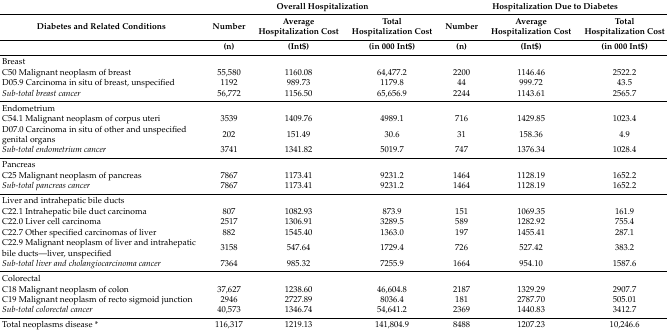
<table><thead><tr><td></td><td colspan="3"><b>Overall Hospitalization</b></td><td colspan="3"><b>Hospitalization Due to Diabetes</b></td></tr><tr><td><b>Diabetes and Related Conditions</b></td><td><b>Number</b></td><td><b>Average Hospitalization Cost</b></td><td><b>Total Hospitalization Cost</b></td><td><b>Number</b></td><td><b>Average Hospitalization Cost</b></td><td><b>Total Hospitalization Cost</b></td></tr><tr><td></td><td><b>(n)</b></td><td><b>(Int$)</b></td><td><b>(in 000 Int$)</b></td><td><b>(n)</b></td><td><b>(Int$)</b></td><td><b>(in 000 Int$)</b></td></tr></thead><tbody><tr><td>Breast</td><td></td><td></td><td></td><td></td><td></td><td></td></tr><tr><td>C50 Malignant neoplasm of breast</td><td>55,580</td><td>1160.08</td><td>64,477.2</td><td>2200</td><td>1146.46</td><td>2522.2</td></tr><tr><td>D05.9 Carcinoma in situ of breast, unspecified</td><td>1192</td><td>989.73</td><td>1179.8</td><td>44</td><td>999.72</td><td>43.5</td></tr><tr><td><i>Sub-total breast cancer</i></td><td>56,772</td><td>1156.50</td><td>65,656.9</td><td>2244</td><td>1143.61</td><td>2565.7</td></tr><tr><td>Endometrium</td><td></td><td></td><td></td><td></td><td></td><td></td></tr><tr><td>C54.1 Malignant neoplasm of corpus uteri</td><td>3539</td><td>1409.76</td><td>4989.1</td><td>716</td><td>1429.85</td><td>1023.4</td></tr><tr><td>D07.0 Carcinoma in situ of other and unspecified genital organs</td><td>202</td><td>151.49</td><td>30.6</td><td>31</td><td>158.36</td><td>4.9</td></tr><tr><td><i>Sub-total endometrium cancer</i></td><td>3741</td><td>1341.82</td><td>5019.7</td><td>747</td><td>1376.34</td><td>1028.4</td></tr><tr><td>Pancreas</td><td></td><td></td><td></td><td></td><td></td><td></td></tr><tr><td>C25 Malignant neoplasm of pancreas</td><td>7867</td><td>1173.41</td><td>9231.2</td><td>1464</td><td>1128.19</td><td>1652.2</td></tr><tr><td><i>Sub-total pancreas cancer</i></td><td>7867</td><td>1173.41</td><td>9231.2</td><td>1464</td><td>1128.19</td><td>1652.2</td></tr><tr><td>Liver and intrahepatic bile ducts</td><td></td><td></td><td></td><td></td><td></td><td></td></tr><tr><td>C22.1 Intrahepatic bile duct carcinoma</td><td>807</td><td>1082.93</td><td>873.9</td><td>151</td><td>1069.35</td><td>161.9</td></tr><tr><td>C22.0 Liver cell carcinoma</td><td>2517</td><td>1306.91</td><td>3289.5</td><td>589</td><td>1282.92</td><td>755.4</td></tr><tr><td>C22.7 Other specified carcinomas of liver</td><td>882</td><td>1545.40</td><td>1363.0</td><td>197</td><td>1455.41</td><td>287.1</td></tr><tr><td>C22.9 Malignant neoplasm of liver and intrahepatic bile ducts—liver, unspecified</td><td>3158</td><td>547.64</td><td>1729.4</td><td>726</td><td>527.42</td><td>383.2</td></tr><tr><td><i>Sub-total liver and cholangiocarcinoma cancer</i></td><td>7364</td><td>985.32</td><td>7255.9</td><td>1664</td><td>954.10</td><td>1587.6</td></tr><tr><td>Colorectal</td><td></td><td></td><td></td><td></td><td></td><td></td></tr><tr><td>C18 Malignant neoplasm of colon</td><td>37,627</td><td>1238.60</td><td>46,604.8</td><td>2187</td><td>1329.29</td><td>2907.7</td></tr><tr><td>C19 Malignant neoplasm of recto sigmoid junction</td><td>2946</td><td>2727.89</td><td>8036.4</td><td>181</td><td>2787.70</td><td>505.01</td></tr><tr><td><i>Sub-total colorectal cancer</i></td><td>40,573</td><td>1346.74</td><td>54,641.2</td><td>2369</td><td>1440.83</td><td>3412.7</td></tr><tr><td>Total neoplasms disease *</td><td>116,317</td><td>1219.13</td><td>141,804.9</td><td>8488</td><td>1207.23</td><td>10,246.6</td></tr></tbody></table>